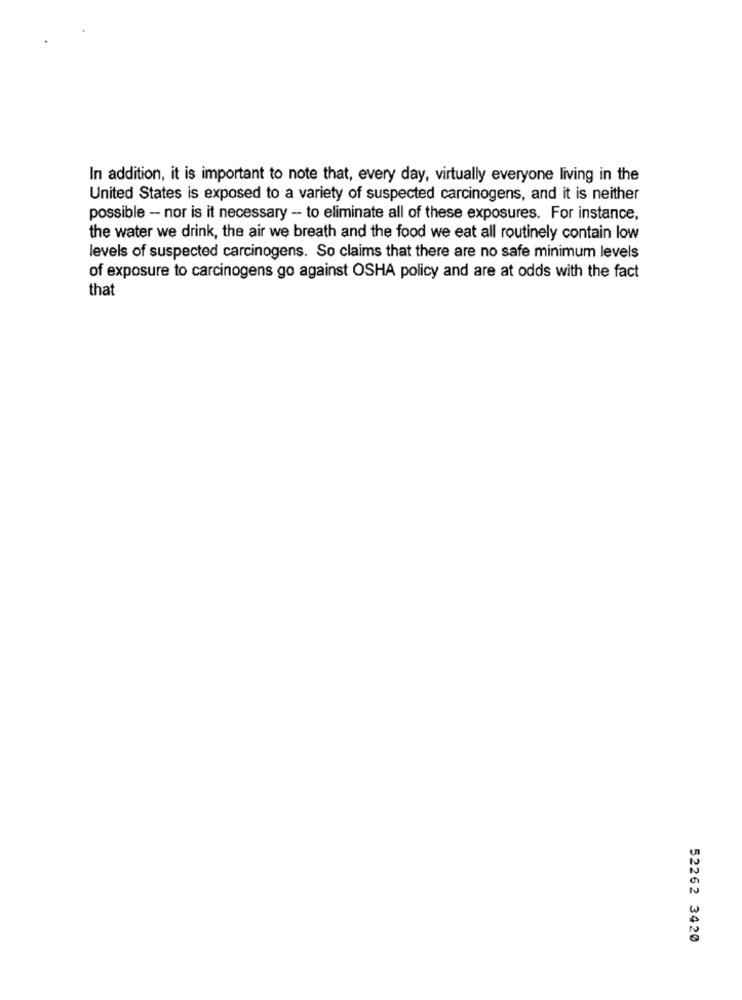
In addition, it is important to note that, every day, virtually everyone living in the
United States is exposed to a variety of suspected carcinogens, and it is neither
possible - nor is it necessary - to eliminate all of these exposures. For instance,
the water we drink, the air we breath and the food we eat all routinely contain low
levels of suspected carcinogens. So claims that there are no safe minimum levels
of exposure to carcinogens go against OSHA policy and are at odds with the fact
that
52262 3420